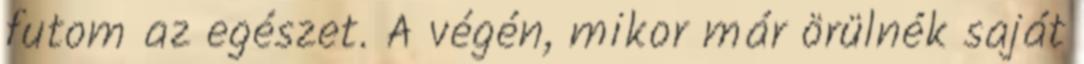
futom az egészet. A végén, mikor már örülnék saját